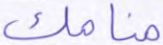
منامك